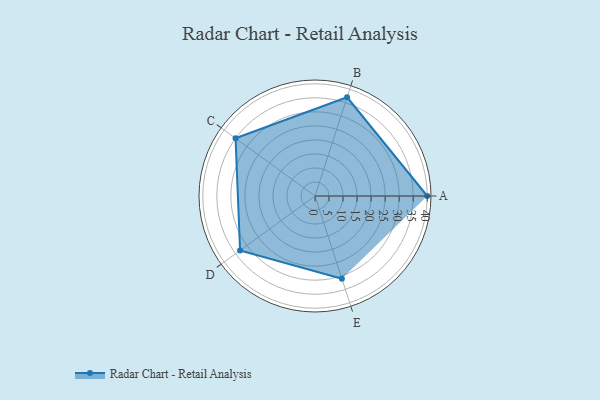
{"axis": {"x": "Skill", "y": "Score"}, "legend": ["Profile"], "data": [{"x": "A", "y": 40.0, "type": "Profile"}, {"x": "B", "y": 37.0, "type": "Profile"}, {"x": "C", "y": 35.0, "type": "Profile"}, {"x": "D", "y": 33.0, "type": "Profile"}, {"x": "E", "y": 31.0, "type": "Profile"}]}